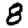
Digit: 8